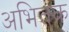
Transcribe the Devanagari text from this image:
अभितक